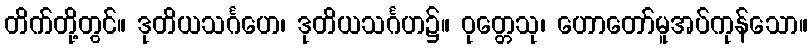
တိက်တို့တွင်။ ဒုတိယသင်္ဂဟေ၊ ဒုတိယသင်္ဂဟ၌။ ဝုတ္တေသု၊ ဟောတော်မူအပ်ကုန်သော။